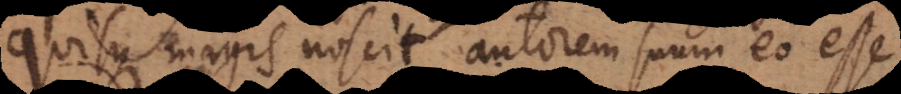
quisque magis noscit autorem suum eo esse